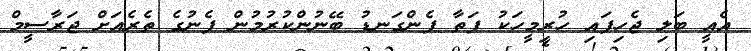
އެއީ ބަލި ޖެހިފައި ހުރިމީހަކު ފަތާ ފެންގަނޑު ބޭނުންކުރުމުން ފެނުގެ ތެރެއަށް ޖަރާސީމް